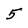
Character: 5